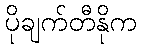
ပိုချက်တီနိုက